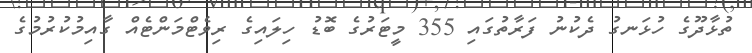
ތުޅާދޫގެ ހުޅަނގު ދެކުނު ފަރާތުގައި 355 މީޓަރުގެ ބޮޑު ހިލައިގެ ރިވެޓްމަންޓެއް ގާއިމުކުރުމުގެ